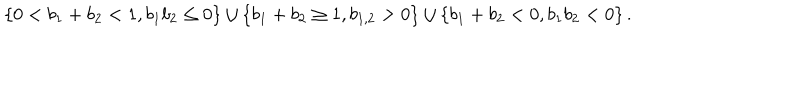
\left\{ 0 < b _ { 1 } + b _ { 2 } < 1 , b _ { 1 } b _ { 2 } \leq 0 \right\} \cup \left\{ b _ { 1 } + b _ { 2 } \geq 1 , b _ { 1 , 2 } > 0 \right\} \cup \left\{ b _ { 1 } + b _ { 2 } < 0 , b _ { 1 } b _ { 2 } < 0 \right\} .